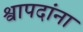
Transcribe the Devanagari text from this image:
श्वापदांना